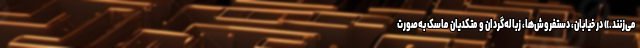
می‌زنند.» در خیابان، دستفروش‌ها، زباله‌گردان و متکدیان ماسک به‌صورت